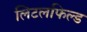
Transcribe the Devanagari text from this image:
लिटलफिल्ड